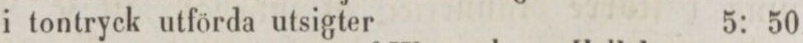
i tontryck utförda utsigter 5: 50.